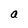
Character: a